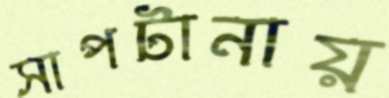
সাপটানায়